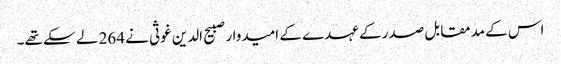
اس کے مدمقابل صدر کے عہدے کے امیدوار صبیح الدین غوثی نے 264 لے سکے تھے۔